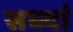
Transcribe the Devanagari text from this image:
सध्यां